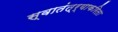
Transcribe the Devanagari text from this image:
स्वातंत्र्याकरिता